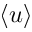
\langle u \rangle